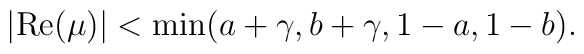
\left| \mbox{Re}(\mu )\right| <\min (a+\gamma ,b+\gamma ,1-a,1-b).